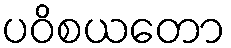
ပဝိစယတော